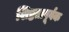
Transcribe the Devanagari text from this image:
शिष्टतापूर्वक